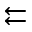
\leftleftarrows